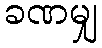
ခဏမျှ